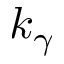
k _ { \gamma }